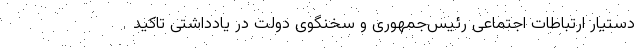
دستیار ارتباطات اجتماعی رئیس‌جمهوری و سخنگوی دولت در یادداشتی تاکید